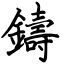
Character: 鑄